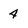
Character: 4